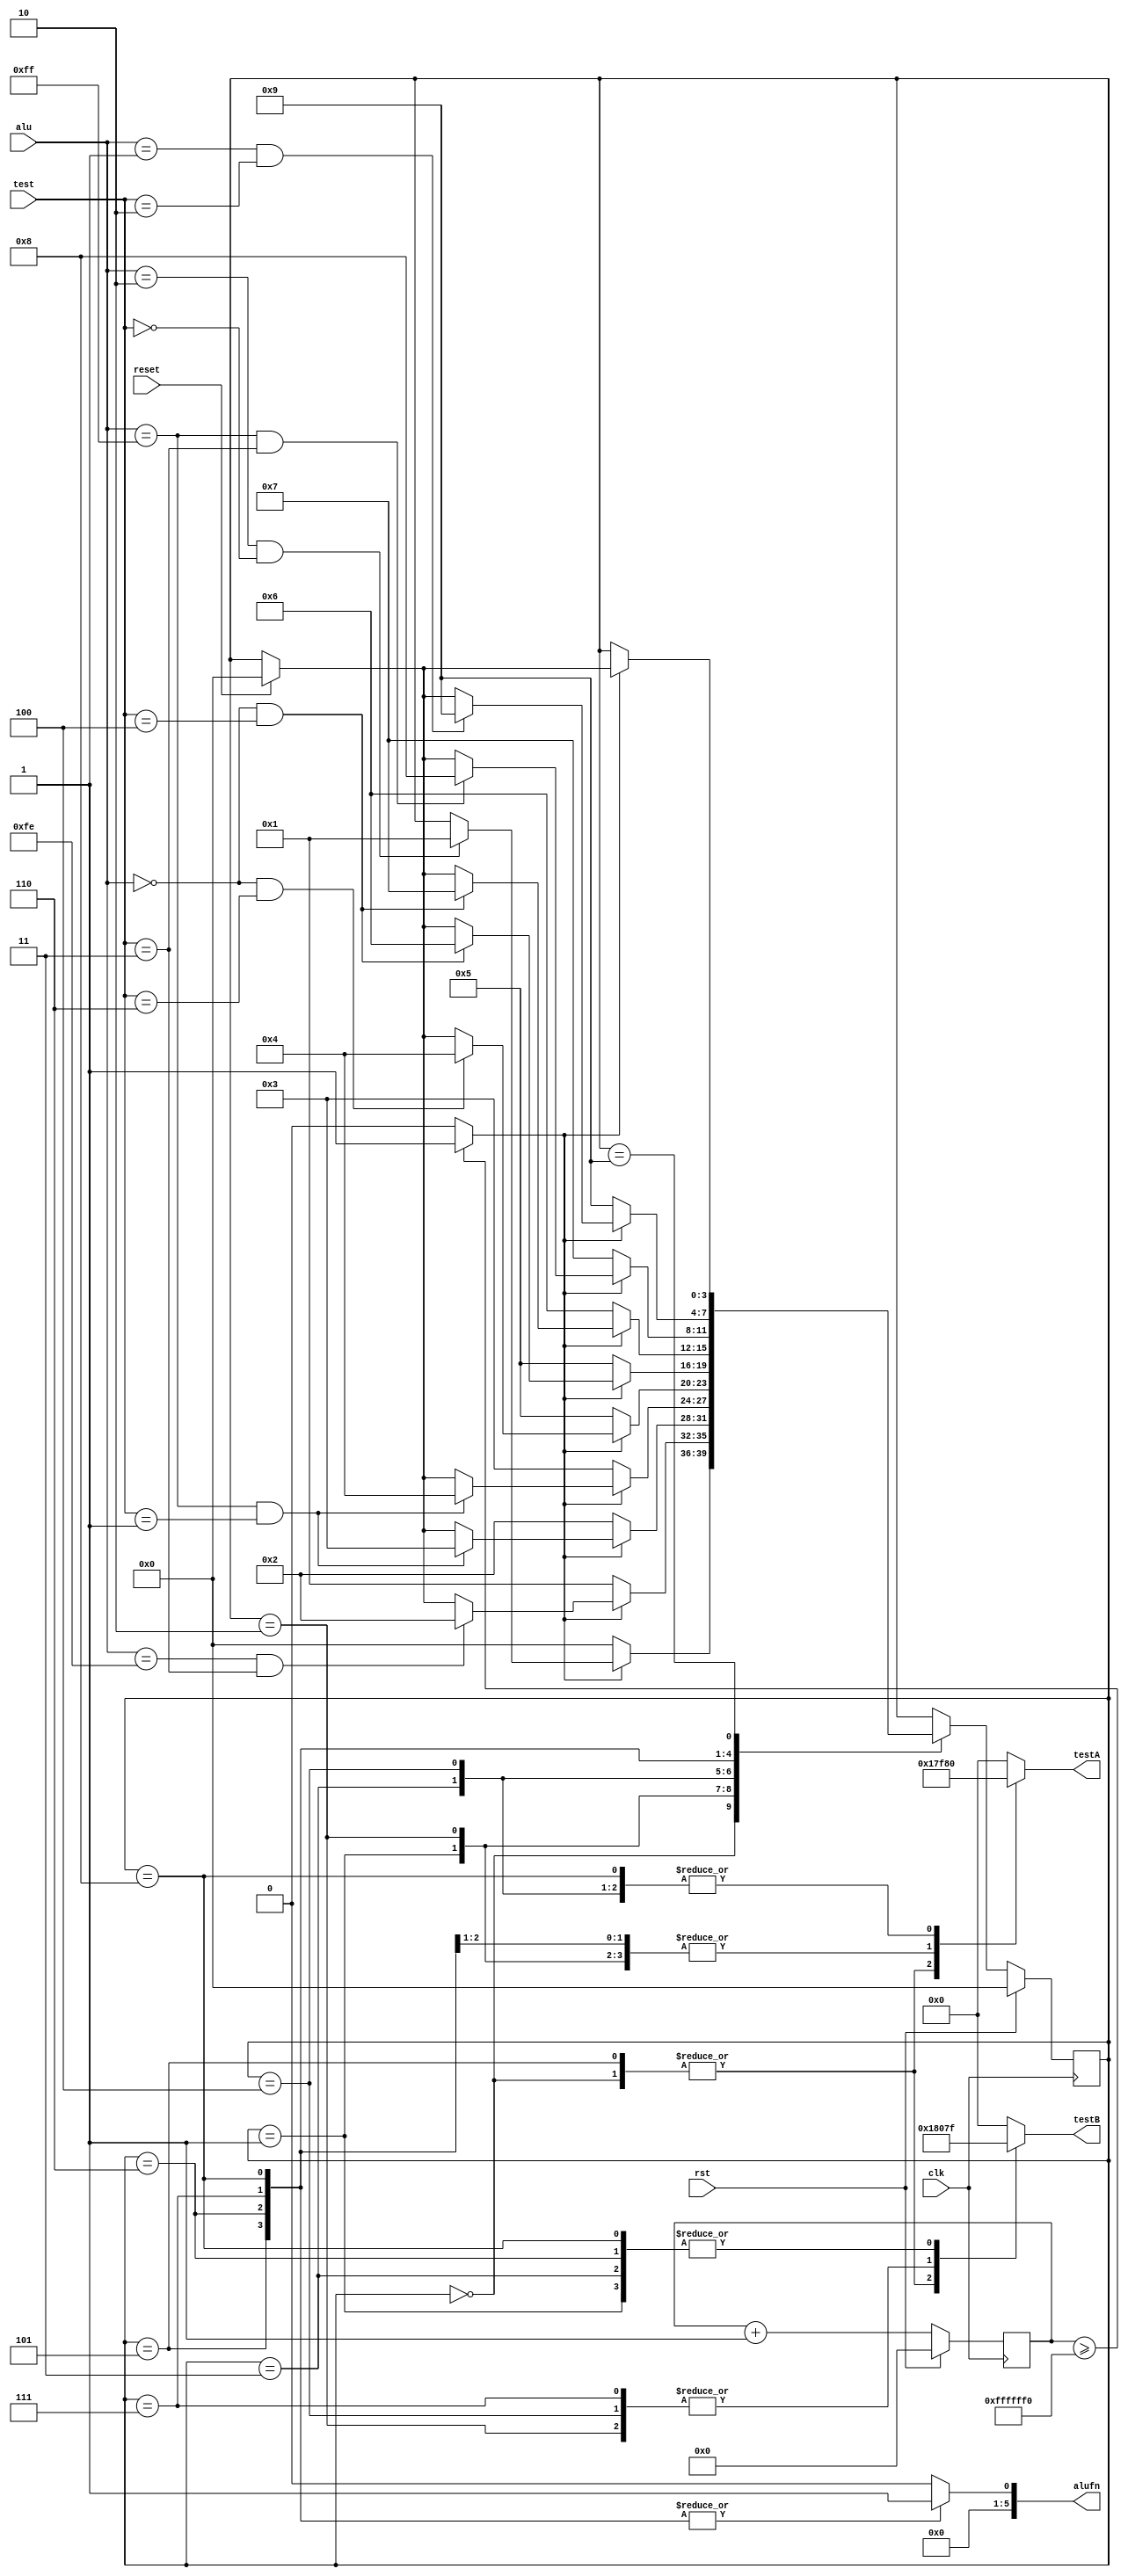
/*
   This file was generated automatically by the Mojo IDE version B1.3.6.
   Do not edit this file directly. Instead edit the original Lucid source.
   This is a temporary file and any changes made to it will be destroyed.
*/

module adder_test_20 (
    input clk,
    input rst,
    input [2:0] test,
    input [7:0] alu,
    output reg [7:0] testA,
    output reg [7:0] testB,
    output reg [5:0] alufn,
    input reset
  );
  
  
  
  
  localparam ADDTEST0_state = 4'd0;
  localparam ADDTEST1_state = 4'd1;
  localparam ADDTEST2_state = 4'd2;
  localparam ADDTEST3_state = 4'd3;
  localparam ADDTEST4_state = 4'd4;
  localparam SUBTEST0_state = 4'd5;
  localparam SUBTEST1_state = 4'd6;
  localparam SUBTEST2_state = 4'd7;
  localparam SUBTEST3_state = 4'd8;
  localparam END_state = 4'd9;
  
  reg [3:0] M_state_d, M_state_q = ADDTEST0_state;
  
  reg [27:0] M_counter_d, M_counter_q = 1'h0;
  
  reg getNextState;
  
  reg resetFSM;
  
  reg [7:0] aluTest;
  
  reg [2:0] testTest;
  
  always @* begin
    M_state_d = M_state_q;
    M_counter_d = M_counter_q;
    
    testA = 1'h0;
    testB = 1'h0;
    alufn = 1'h0;
    aluTest = alu;
    testTest = test;
    resetFSM = reset;
    M_counter_d = M_counter_q + 1'h1;
    if (M_counter_q >= 28'hffffff0) begin
      getNextState = 1'h1;
    end else begin
      getNextState = 1'h0;
    end
    
    case (M_state_q)
      ADDTEST0_state: begin
        testA = 8'h01;
        testB = 8'h01;
        alufn = 6'h00;
        if (getNextState == 1'h1) begin
          if (aluTest == 8'h02 && testTest == 3'h0) begin
            M_state_d = ADDTEST1_state;
          end
        end else begin
          M_state_d = ADDTEST0_state;
        end
      end
      ADDTEST1_state: begin
        testA = 8'h7f;
        testB = 8'h7f;
        alufn = 6'h00;
        if (getNextState == 1'h1) begin
          if (alu == 8'hfe && test == 3'h3) begin
            M_state_d = ADDTEST2_state;
          end else begin
            if (resetFSM == 1'h1) begin
              M_state_d = ADDTEST0_state;
            end
          end
        end else begin
          M_state_d = ADDTEST1_state;
        end
      end
      ADDTEST2_state: begin
        testA = 8'h7f;
        testB = 8'h80;
        alufn = 6'h00;
        if (getNextState == 1'h1) begin
          if (alu == 8'hff && test == 3'h1) begin
            M_state_d = ADDTEST3_state;
          end else begin
            if (resetFSM == 1'h1) begin
              M_state_d = ADDTEST0_state;
            end
          end
        end else begin
          M_state_d = ADDTEST2_state;
        end
      end
      ADDTEST3_state: begin
        testA = 8'h80;
        testB = 8'h7f;
        alufn = 6'h00;
        if (getNextState == 1'h1) begin
          if (alu == 8'hff && test == 3'h1) begin
            M_state_d = ADDTEST4_state;
          end else begin
            if (resetFSM == 1'h1) begin
              M_state_d = ADDTEST0_state;
            end
          end
        end else begin
          M_state_d = ADDTEST3_state;
        end
      end
      ADDTEST4_state: begin
        testA = 8'h80;
        testB = 8'h80;
        alufn = 6'h00;
        if (getNextState == 1'h1) begin
          if (alu == 8'h00 & test == 3'h6) begin
            M_state_d = ADDTEST4_state;
          end else begin
            if (resetFSM == 1'h1) begin
              M_state_d = ADDTEST0_state;
            end
          end
        end else begin
          M_state_d = SUBTEST0_state;
        end
      end
      SUBTEST0_state: begin
        testA = 8'h01;
        testB = 8'h01;
        alufn = 6'h01;
        if (getNextState == 1'h1) begin
          if (alu == 8'h00 && test == 3'h4) begin
            M_state_d = SUBTEST1_state;
          end else begin
            if (resetFSM == 1'h1) begin
              M_state_d = ADDTEST0_state;
            end
          end
        end else begin
          M_state_d = SUBTEST0_state;
        end
      end
      SUBTEST1_state: begin
        testA = 8'h7f;
        testB = 8'h7f;
        alufn = 6'h01;
        if (getNextState == 1'h1) begin
          if (alu == 8'h00 && test == 3'h4) begin
            M_state_d = SUBTEST2_state;
          end else begin
            if (resetFSM == 1'h1) begin
              M_state_d = ADDTEST0_state;
            end
          end
        end else begin
          M_state_d = SUBTEST1_state;
        end
      end
      SUBTEST2_state: begin
        testA = 8'h7f;
        testB = 8'h80;
        alufn = 6'h01;
        if (getNextState == 1'h1) begin
          if (alu == 8'hff && test == 3'h3) begin
            M_state_d = SUBTEST3_state;
          end else begin
            if (resetFSM == 1'h1) begin
              M_state_d = ADDTEST0_state;
            end
          end
        end else begin
          M_state_d = SUBTEST2_state;
        end
      end
      SUBTEST3_state: begin
        testA = 8'h80;
        testB = 8'h7f;
        alufn = 6'h01;
        if (getNextState == 1'h1) begin
          if (alu == 8'h01 && test == 3'h2) begin
            M_state_d = END_state;
          end else begin
            if (resetFSM == 1'h1) begin
              M_state_d = ADDTEST0_state;
            end
          end
        end else begin
          M_state_d = END_state;
        end
      end
      END_state: begin
        testA = 8'h00;
        testB = 8'h00;
        alufn = 6'h00;
        if (getNextState == 1'h1) begin
          if (resetFSM == 1'h1) begin
            M_state_d = ADDTEST0_state;
          end
        end
      end
    endcase
  end
  
  always @(posedge clk) begin
    if (rst == 1'b1) begin
      M_state_q <= 1'h0;
    end else begin
      M_state_q <= M_state_d;
    end
  end
  
  
  always @(posedge clk) begin
    if (rst == 1'b1) begin
      M_counter_q <= 1'h0;
    end else begin
      M_counter_q <= M_counter_d;
    end
  end
  
endmodule